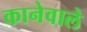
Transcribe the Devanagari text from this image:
कानेवाले